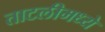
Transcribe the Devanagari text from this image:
ताटलीमध्ये